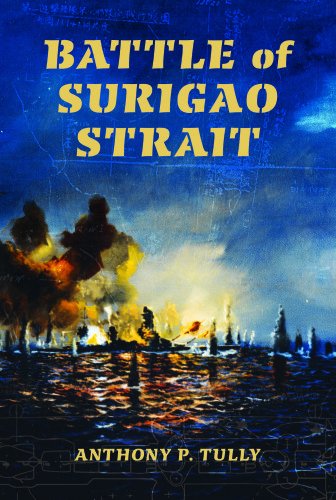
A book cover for Battle of Surigao Strait (Twentieth-Century Battles); Anthony P. Tully; History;